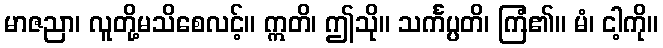
မာဇညာ၊ လူတို့မသိစေလင့်။ ဣတိ၊ ဤသို။ သင်္ကပ္ပတိ၊ ကြံ၏။ မံ၊ ငါ့ကို။